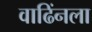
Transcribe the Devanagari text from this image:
वाढिंनला